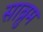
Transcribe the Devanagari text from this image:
साब्रुम